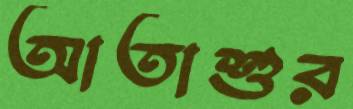
আতাশুর